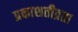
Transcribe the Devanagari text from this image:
प्रकाशतीव्रता